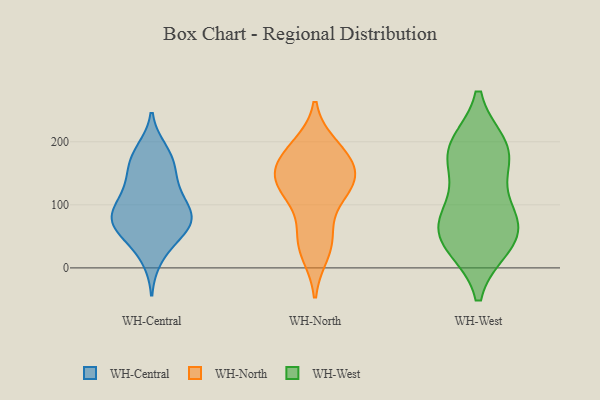
{"axis": {"x": "Humidity (%)", "y": "Value"}, "legend": ["WH-Central", "WH-North", "WH-West"], "data": [{"x": "", "y": 186, "type": "WH-Central"}, {"x": "", "y": 40, "type": "WH-Central"}, {"x": "", "y": 122, "type": "WH-Central"}, {"x": "", "y": 64, "type": "WH-Central"}, {"x": "", "y": 65, "type": "WH-Central"}, {"x": "", "y": 102, "type": "WH-Central"}, {"x": "", "y": 73, "type": "WH-Central"}, {"x": "", "y": 70, "type": "WH-Central"}, {"x": "", "y": 172, "type": "WH-Central"}, {"x": "", "y": 112, "type": "WH-Central"}, {"x": "", "y": 154, "type": "WH-Central"}, {"x": "", "y": 141, "type": "WH-Central"}, {"x": "", "y": 16, "type": "WH-Central"}, {"x": "", "y": 87, "type": "WH-Central"}, {"x": "", "y": 77, "type": "WH-Central"}, {"x": "", "y": 177, "type": "WH-Central"}, {"x": "", "y": 79, "type": "WH-Central"}, {"x": "", "y": 41, "type": "WH-North"}, {"x": "", "y": 182, "type": "WH-North"}, {"x": "", "y": 138, "type": "WH-North"}, {"x": "", "y": 133, "type": "WH-North"}, {"x": "", "y": 126, "type": "WH-North"}, {"x": "", "y": 174, "type": "WH-North"}, {"x": "", "y": 54, "type": "WH-North"}, {"x": "", "y": 139, "type": "WH-North"}, {"x": "", "y": 166, "type": "WH-North"}, {"x": "", "y": 191, "type": "WH-North"}, {"x": "", "y": 25, "type": "WH-North"}, {"x": "", "y": 119, "type": "WH-North"}, {"x": "", "y": 191, "type": "WH-West"}, {"x": "", "y": 85, "type": "WH-West"}, {"x": "", "y": 36, "type": "WH-West"}, {"x": "", "y": 49, "type": "WH-West"}, {"x": "", "y": 89, "type": "WH-West"}, {"x": "", "y": 174, "type": "WH-West"}, {"x": "", "y": 38, "type": "WH-West"}, {"x": "", "y": 174, "type": "WH-West"}, {"x": "", "y": 69, "type": "WH-West"}, {"x": "", "y": 192, "type": "WH-West"}]}